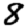
Digit: 8